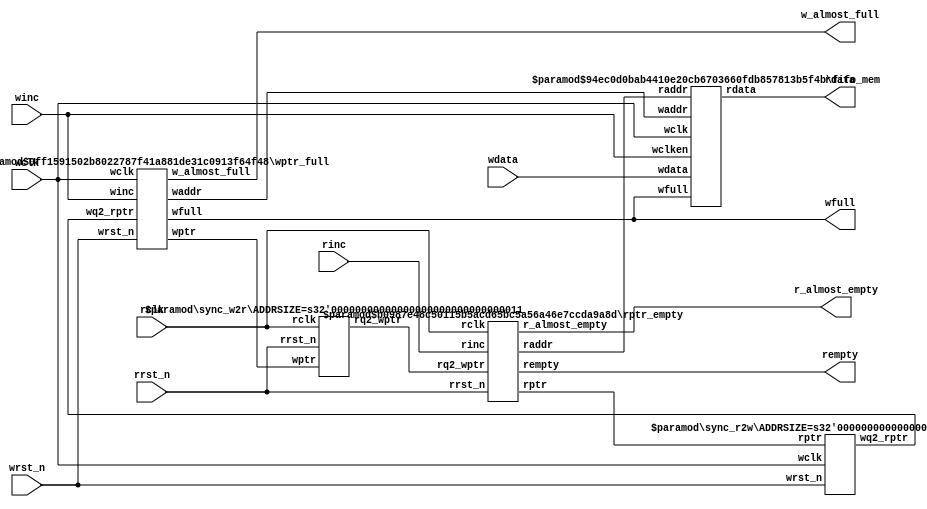

//-----------------------------------------------------------------
//
// The original verilog code provided by Clifford E. Cummings, 
// Sunburst Design, Inc.
//
// Web:   www.sunburst-design.com
// 
//----------------------------------------------------------------  

module small_async_fifo 
  #(
    parameter DSIZE = 8, 
    parameter ASIZE = 3,
    parameter ALMOST_FULL_SIZE = 5,
    parameter ALMOST_EMPTY_SIZE = 3
    )
    
  (
   //wr interface
   output wfull,
   output w_almost_full, 
   input [DSIZE-1:0] wdata,
   input winc, wclk, wrst_n,
   
   //rd interface 
   output [DSIZE-1:0] rdata,
   output rempty,
   output r_almost_empty, 
   input rinc, rclk, rrst_n
   );
   
   wire [ASIZE-1:0] waddr, raddr;
   wire [ASIZE:0]   wptr, rptr, wq2_rptr, rq2_wptr;
   
   sync_r2w #(ASIZE) sync_r2w (.wq2_rptr(wq2_rptr), .rptr(rptr),
		      .wclk(wclk), .wrst_n(wrst_n));
   
   sync_w2r #(ASIZE) sync_w2r (.rq2_wptr(rq2_wptr), .wptr(wptr),
		      .rclk(rclk), .rrst_n(rrst_n));
   
   fifo_mem #(DSIZE, ASIZE) fifo_mem
     (.rdata(rdata), .wdata(wdata),
      .waddr(waddr), .raddr(raddr),
      .wclken(winc), .wfull(wfull),
      .wclk(wclk));

   rptr_empty #(.ADDRSIZE(ASIZE), .ALMOST_EMPTY_SIZE(ALMOST_EMPTY_SIZE)) 
     rptr_empty
     (.rempty(rempty),
      .r_almost_empty(r_almost_empty),
      .raddr(raddr),
      .rptr(rptr), 
      .rq2_wptr(rq2_wptr),
      .rinc(rinc), 
      .rclk(rclk),
      .rrst_n(rrst_n));

   wptr_full #(.ADDRSIZE(ASIZE), .ALMOST_FULL_SIZE(ALMOST_FULL_SIZE)) 
     wptr_full
     (.wfull(wfull),
      .w_almost_full(w_almost_full),
      .waddr(waddr),
      .wptr(wptr), 
      .wq2_rptr(wq2_rptr),
      .winc(winc), 
      .wclk(wclk),
      .wrst_n(wrst_n));

endmodule // small_async_fifo


module sync_r2w #(parameter ADDRSIZE = 3)
  (output reg [ADDRSIZE:0] wq2_rptr,
   input [ADDRSIZE:0] rptr,
   input wclk, wrst_n);

   reg [ADDRSIZE:0] wq1_rptr;
   
   always @(posedge wclk or negedge wrst_n)
     
     if (!wrst_n) {wq2_rptr,wq1_rptr} <= 0;
   
     else {wq2_rptr,wq1_rptr} <= {wq1_rptr,rptr};
   
endmodule // sync_r2w


module sync_w2r #(parameter ADDRSIZE = 3)
  (output reg [ADDRSIZE:0] rq2_wptr,
   input [ADDRSIZE:0] wptr,
   input rclk, rrst_n);
   
   reg [ADDRSIZE:0] rq1_wptr;
   
   always @(posedge rclk or negedge rrst_n)
     
     if (!rrst_n) {rq2_wptr,rq1_wptr} <= 0;
   
     else {rq2_wptr,rq1_wptr} <= {rq1_wptr,wptr};
   
endmodule // sync_w2r


module rptr_empty 
  #(parameter ADDRSIZE = 3, 
    parameter ALMOST_EMPTY_SIZE=3)
  (output reg rempty,
   output reg r_almost_empty, 
   output [ADDRSIZE-1:0] raddr,
   output reg [ADDRSIZE :0] rptr,
   input [ADDRSIZE :0] rq2_wptr,
   input rinc, rclk, rrst_n);
   
   reg [ADDRSIZE:0] rbin;
   wire [ADDRSIZE:0] rgraynext, rbinnext;
   reg [ADDRSIZE :0] rq2_wptr_bin;
   integer 	     i;
   
   //------------------
   // GRAYSTYLE2 pointer
   //------------------
   always @(posedge rclk or negedge rrst_n)
     
     if (!rrst_n) {rbin, rptr} <= 0;
     else {rbin, rptr} <= {rbinnext, rgraynext};
   
   // Memory read-address pointer (okay to use binary to address memory)
   assign 	     raddr = rbin[ADDRSIZE-1:0];
   
   assign 	     rbinnext = rbin + (rinc & ~rempty);
   assign 	     rgraynext = (rbinnext>>1) ^ rbinnext;
      
   //--------------------------------------------------------------
   // FIFO empty when the next rptr == synchronized wptr or on reset
   //--------------------------------------------------------------
   wire 	     rempty_val = (rgraynext == rq2_wptr);

   // Gray code to Binary code conversion
   always @(rq2_wptr)
     for (i=0; i<(ADDRSIZE+1); i=i+1)
       rq2_wptr_bin[i] = ^ (rq2_wptr >> i);

   wire [ADDRSIZE:0] subtract = (rbinnext + ALMOST_EMPTY_SIZE)-rq2_wptr_bin;
   
   wire r_almost_empty_val = ~subtract[ADDRSIZE];
      
   always @(posedge rclk or negedge rrst_n)
     if (!rrst_n) begin 
	rempty <= 1'b1;
	r_almost_empty <= 1'b 1;
     end
     else begin 
	rempty <= rempty_val;
	r_almost_empty <= r_almost_empty_val;
     end
      
endmodule // rptr_empty


module wptr_full 
  #(parameter ADDRSIZE = 3,
    parameter ALMOST_FULL_SIZE=5
    )
  (output reg wfull,
   output reg w_almost_full,
   output [ADDRSIZE-1:0] waddr,
   output reg [ADDRSIZE :0] wptr,
   input [ADDRSIZE :0] wq2_rptr,
   input winc, wclk, wrst_n);
      
   reg [ADDRSIZE:0] wbin;
   wire [ADDRSIZE:0] wgraynext, wbinnext;
   reg [ADDRSIZE :0] wq2_rptr_bin;
   integer 	     i;
      
   // GRAYSTYLE2 pointer
   
   always @(posedge wclk or negedge wrst_n)
     if (!wrst_n) {wbin, wptr} <= 0;
     else {wbin, wptr} <= {wbinnext, wgraynext};
      
   // Memory write-address pointer (okay to use binary to address memory)
   assign waddr = wbin[ADDRSIZE-1:0];
   
   assign wbinnext = wbin + (winc & ~wfull);
   assign wgraynext = (wbinnext>>1) ^ wbinnext;
   
   
   //-----------------------------------------------------------------
   // Simplified version of the three necessary full-tests:
   // assign wfull_val=((wgnext[ADDRSIZE] !=wq2_rptr[ADDRSIZE] ) &&
   // (wgnext[ADDRSIZE-1] !=wq2_rptr[ADDRSIZE-1]) &&
   // (wgnext[ADDRSIZE-2:0]==wq2_rptr[ADDRSIZE-2:0]));
   //-----------------------------------------------------------------
   wire wfull_val = (wgraynext ==
		     {~wq2_rptr[ADDRSIZE:ADDRSIZE-1],wq2_rptr[ADDRSIZE-2:0]});

   // Gray code to Binary code conversion
   always @(wq2_rptr)
     for (i=0; i<(ADDRSIZE+1); i=i+1)
       wq2_rptr_bin[i] = ^ (wq2_rptr >> i);

   wire [ADDRSIZE :0] subtract = wbinnext - wq2_rptr_bin - ALMOST_FULL_SIZE;
   
   wire w_almost_full_val = ~subtract[ADDRSIZE];
      
   always @(posedge wclk or negedge wrst_n)
     if (!wrst_n) begin 
	wfull <= 1'b0;
	w_almost_full <= 1'b 0;
     end
     else begin 
	wfull <= wfull_val;
	w_almost_full <= w_almost_full_val;
     end

endmodule // wptr_full


module fifo_mem #(parameter DATASIZE = 8, // Memory data word width
		 parameter ADDRSIZE = 3) // Number of mem address bits
  
  (output [DATASIZE-1:0] rdata,
   input [DATASIZE-1:0] wdata,
   input [ADDRSIZE-1:0] waddr, raddr,
   input wclken, wfull, wclk);
   
   // RTL Verilog memory model
   localparam DEPTH = 1<<ADDRSIZE;
   
   reg [DATASIZE-1:0] mem [0:DEPTH-1];
      
   assign rdata = mem[raddr];
   
   always @(posedge wclk)
     if (wclken && !wfull) mem[waddr] <= wdata;
   
endmodule // fifo_mem